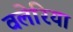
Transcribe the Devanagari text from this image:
वलेरिया